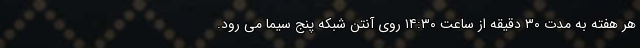
هر هفته به مدت ۳۰ دقیقه از ساعت ۱۴:۳۰ روی آنتن شبکه پنج سیما می رود.